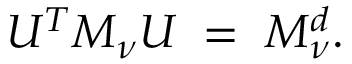
U ^ { T } { \cal M } _ { \nu } U \; = \; { \cal M } _ { \nu } ^ { d } .